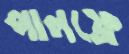
পালফ্রে